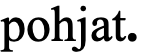
pohjat.